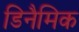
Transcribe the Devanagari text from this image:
डिनैमिक